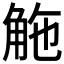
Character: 𧣟